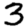
Digit: 3